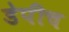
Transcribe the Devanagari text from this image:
डेपीच